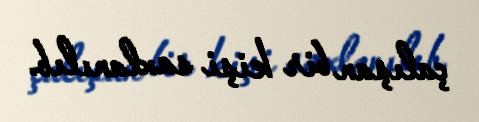
çalışan bir kişi saxlanılıb.